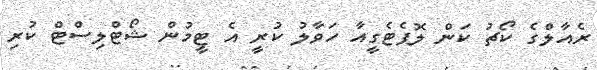
ރެއާލްގެ ކޯޗު ކަން ލޮޕެޓެގީއާ ހަވާލު ކުރީ އެ ޓީމުން ޝޯޓްލިސްޓް ކުރި